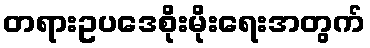
တရားဥပဒေစိုးမိုးရေးအတွက်